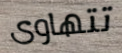
تتهاوى